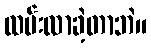
ထမ်းလာခဲ့တာဘဲ။